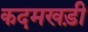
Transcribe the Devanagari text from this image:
कदमखड़ी